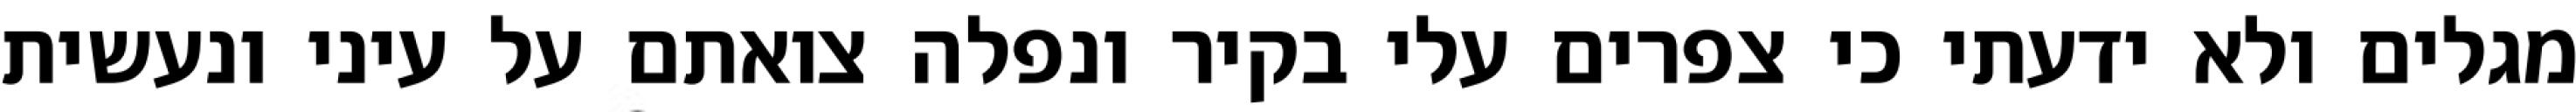
מגלים ולא ידעתי כי צפרים עלי בקיר‏ ונפלה צואתם על עיני ונעשית